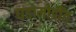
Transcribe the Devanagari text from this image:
घडामोडींत